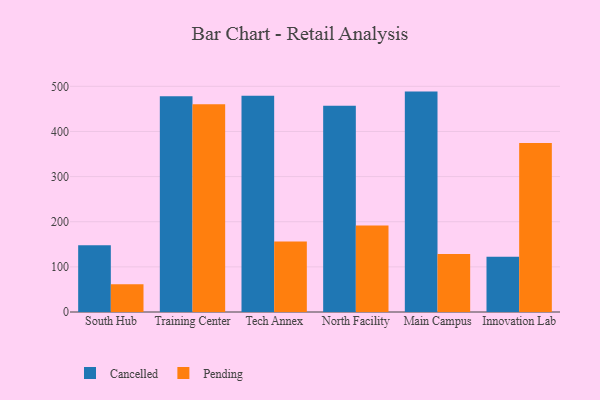
{"axis": {"x": "Campus", "y": "Backlog"}, "legend": ["Cancelled", "Pending"], "data": [{"x": "South Hub", "y": 148.0, "type": "Cancelled"}, {"x": "South Hub", "y": 61.6, "type": "Pending"}, {"x": "Training Center", "y": 478.0, "type": "Cancelled"}, {"x": "Training Center", "y": 460.3, "type": "Pending"}, {"x": "Tech Annex", "y": 479.2, "type": "Cancelled"}, {"x": "Tech Annex", "y": 156.4, "type": "Pending"}, {"x": "North Facility", "y": 457.1, "type": "Cancelled"}, {"x": "North Facility", "y": 191.7, "type": "Pending"}, {"x": "Main Campus", "y": 488.3, "type": "Cancelled"}, {"x": "Main Campus", "y": 128.5, "type": "Pending"}, {"x": "Innovation Lab", "y": 122.6, "type": "Cancelled"}, {"x": "Innovation Lab", "y": 374.6, "type": "Pending"}]}